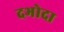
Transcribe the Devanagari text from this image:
दभोदा